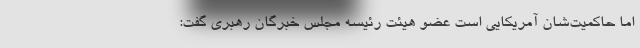
اما حاکمیت‌شان آمریکایی است عضو هیئت رئیسه مجلس خبرگان رهبری گفت: